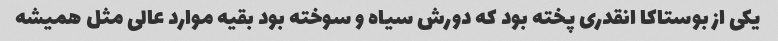
یکی از بوستاکا انقدری پخته بود که دورش سیاه و سوخته بود بقیه موارد عالی مثل همیشه